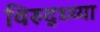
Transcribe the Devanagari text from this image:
विरुद्ध्च्या